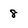
Character: 8